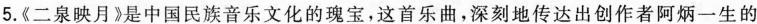
5.《二泉映月》是中国民族音乐文化的瑰宝，这首乐曲，深刻地传达出创作者阿炳一生的